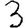
Digit: 3